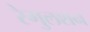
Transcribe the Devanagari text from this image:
रेगुलशन